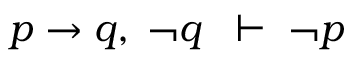
p \to q , \; \neg q \; \; \vdash \; \neg p